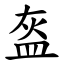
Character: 盔